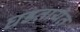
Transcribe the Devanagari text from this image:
घडतायेत